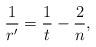
LaTeX: \begin{align*}\frac 1 {r'} = \frac 1 t-\frac{2}{n},\end{align*}